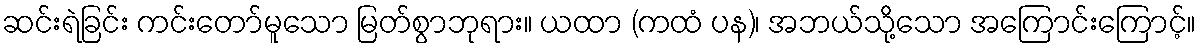
ဆင်းရဲခြင်း ကင်းတော်မူသော မြတ်စွာဘုရား။ ယထာ (ကထံ ပန)၊ အဘယ်သို့သော အကြောင်းကြောင့်။